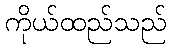
ကိုယ်ထည်သည်